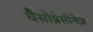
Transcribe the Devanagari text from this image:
वैसोप्रेसीनेज़